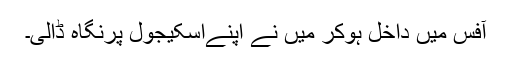
آفس میں داخل ہوکر میں نے اپنےاسکیجول پرنگاہ ڈالی۔